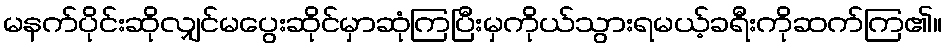
မနက်ပိုင်းဆိုလျှင်မပွေးဆိုင်မှာဆုံကြပြီးမှကိုယ်သွားရမယ့်ခရီးကိုဆက်ကြ၏။